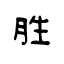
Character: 胜